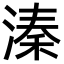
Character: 溱